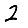
Digit: 2